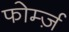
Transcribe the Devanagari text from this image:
फोर्म्ज़